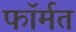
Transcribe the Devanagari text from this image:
फॉर्मत